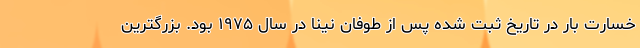
خسارت بار در تاریخ ثبت شده پس از طوفان نینا در سال ۱۹۷۵ بود. بزرگترین